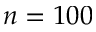
n = 1 0 0